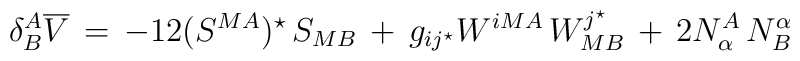
\delta_B^A {\overline V} \,= \,-12(S^{MA})^\star \, S_{MB}\,+\,g_{ij^\star}W^{iMA}\,W_{MB}^{j^\star}\,+\,2N^A_\alpha \, N^\alpha_B